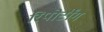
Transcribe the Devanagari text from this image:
रिपोर्टींग